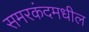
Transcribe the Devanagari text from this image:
समरकंदमधील